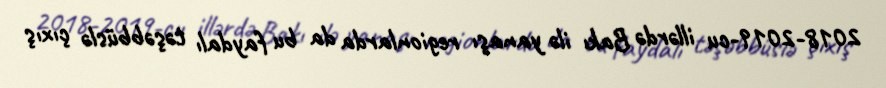
2018-2019-cu illərdə Bakı ilə yanaşı regionlarda da bu faydalı təşəbbüslə çıxış